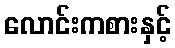
လောင်းကစားနှင့်